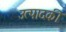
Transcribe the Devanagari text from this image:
उत्पादकी